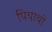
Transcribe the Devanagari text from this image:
पियायो